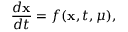
\frac { d { \mathbf { x } } } { d t } = f ( { \mathbf { x } } , t , \mu ) ,